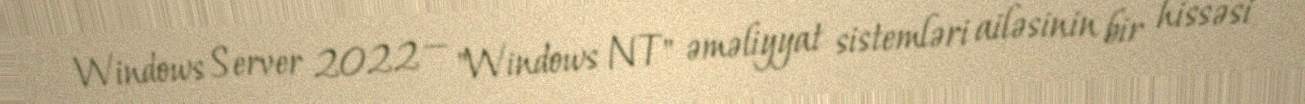
Windows Server 2022 — "Windows NT" əməliyyat sistemləri ailəsinin bir hissəsi